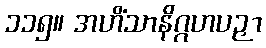
၁၁၅။ အဟိံသာနိဂ္ဂဟပဉှာ